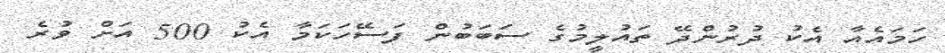
ހަމައެއާ އެކު ދުރުންދޭ ތައުލީމުގެ ސަބަބުން ފަސޭހަކަމާ އެކު 500 އަށް ވުރެ